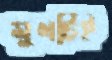
মুখটিই